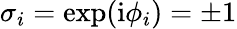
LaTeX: \sigma_{i}=\exp(\mathrm{i}\phi_{i})=\pm 1